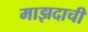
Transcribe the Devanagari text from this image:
माझदाची